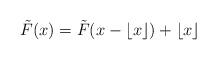
LaTeX: \begin{align*}\tilde{F} (x) = \tilde{F} ( x - \lfloor x \rfloor ) + \lfloor x \rfloor\end{align*}